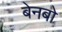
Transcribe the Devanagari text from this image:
बेनबो